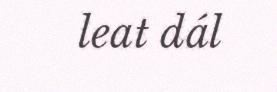
leat dál